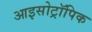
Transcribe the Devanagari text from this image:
आइसोट्रॉपिक